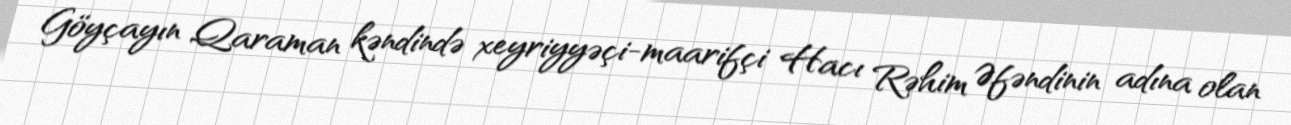
Göyçayın Qaraman kəndində xeyriyyəçi-maarifçi Hacı Rəhim Əfəndinin adına olan